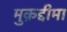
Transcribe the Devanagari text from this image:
मुक़द्दीमा